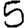
Digit: 5